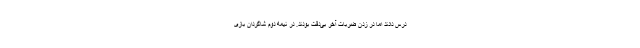
درس دادند اما در زدن ضربات آخر بی‌دقت بودند. در نیمه دوم شاگردان بازی